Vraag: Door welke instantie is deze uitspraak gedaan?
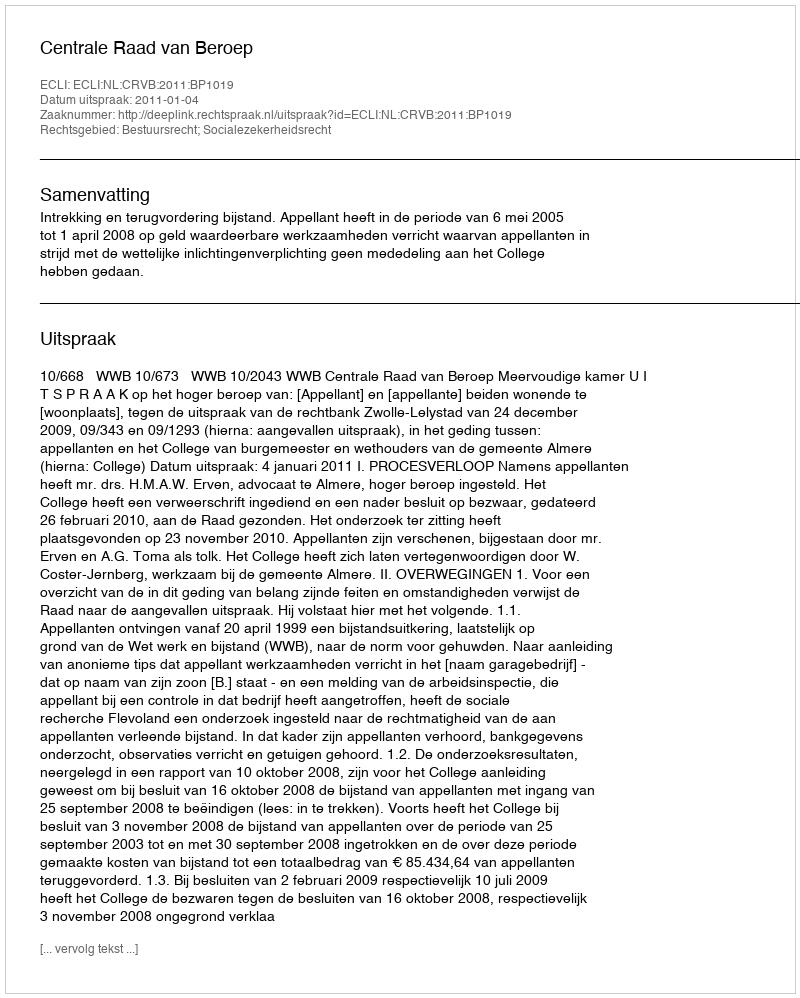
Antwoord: Centrale Raad van Beroep